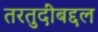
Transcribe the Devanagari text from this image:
तरतुदींबद्दल